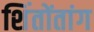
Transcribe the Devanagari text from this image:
शिंतोंतांग